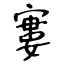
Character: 寠